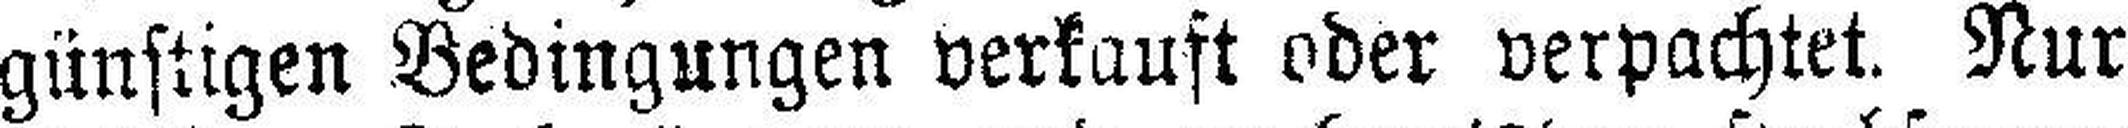
günstigen Bedingungen verkauft oder verpachtet. Nur